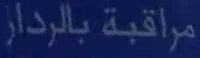
مراقبة بالرادار